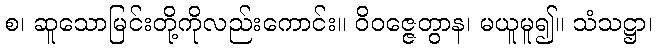
စ၊ ဆူသောမြင်းတို့ကိုလည်းကောင်း။ ဝိဝဇ္ဇေတွာန၊ မယူမူ၍။ သံသဋ္ဌာ၊